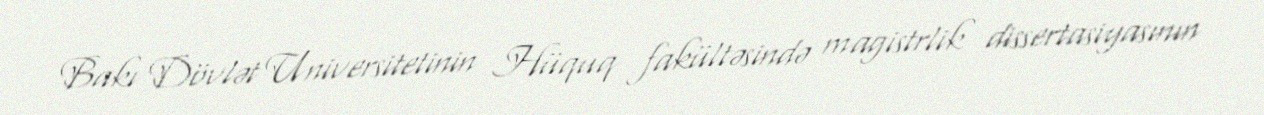
Bakı Dövlət Universitetinin Hüquq fakültəsində magistrlik dissertasiyasının